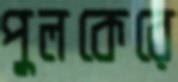
পুলকেরে